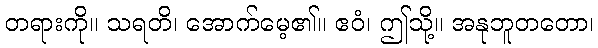
တရားကို။ သရတိ၊ အောက်မေ့၏။ ဧဝံ၊ ဤသို့။ အနုဘူတတော၊